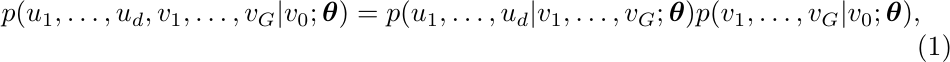
\begin{equation}
\begin{aligned}
p(u_1,\ldots,u_d  , v_1, \ldots, v_G | v_0 ; \boldsymbol{\theta} ) &= p(u_1,\ldots,u_d  | v_1, \ldots, v_G; \boldsymbol{\theta}) p(v_1, \ldots, v_G | v_0; \boldsymbol{\theta}),
\end{aligned}
\end{equation}